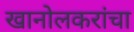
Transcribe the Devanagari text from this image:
खानोलकरांचा